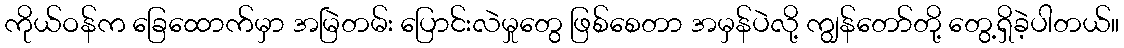
ကိုယ်ဝန်က ခြေထောက်မှာ အမြဲတမ်း ပြောင်းလဲမှုတွေ ဖြစ်စေတာ အမှန်ပဲလို့ ကျွန်တော်တို့ တွေ့ရှိခဲ့ပါတယ်။